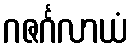
ဂဇင်္ဂလာယံ